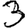
Digit: 3